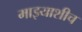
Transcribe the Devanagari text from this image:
माझ्याशीच